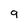
Character: 9